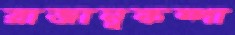
রাজানুকম্পা